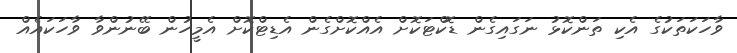
ވާހަކަތަކުގެ އެކި ތަންކޮޅު ނަގައިގެން ޑޮކްޓަކޮށް އެއްކޮށްގެން އެޑިޓްކޮށް އެމީހުން ބޭނުންވާ ވާހަކައެއް